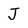
Character: J